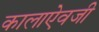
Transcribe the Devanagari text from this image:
कालाऐवजी